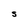
Character: S